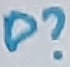
Text: D?